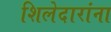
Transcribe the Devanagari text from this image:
शिलेदारांना